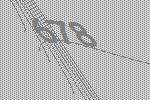
678